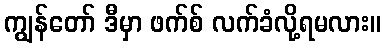
ကျွန်တော် ဒီမှာ ဖက်စ် လက်ခံလို့ရမလား။